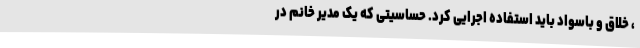
، خلاق و باسواد باید استفاده اجرایی کرد. حساسیتی که یک مدیر خانم در